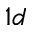
1 d